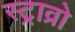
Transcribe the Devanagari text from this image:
स्ट्राव्रो